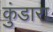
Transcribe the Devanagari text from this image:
कुंडारा